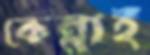
কেন্নাই